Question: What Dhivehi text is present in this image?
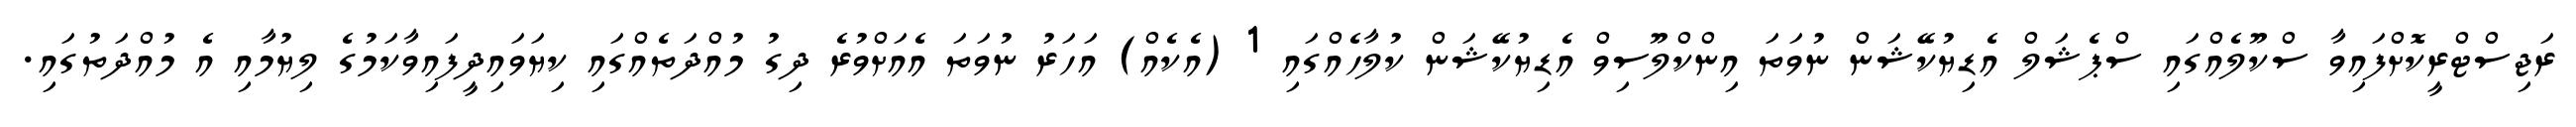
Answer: ރަޖިސްޓްރީކޮށްފައިވާ ސްކޫލެއްގައި ސްޕެޝަލް އެޑިޔުކޭޝަން ނުވަތަ އިންކްލޫސިވް އެޑިޔުކޭޝަން ކުލާހެއްގައި 1 (އެކެއް) އަހަރު ނުވަތަ އެއަށްވުރެ ދިގު މުއްދަތެއްގައި ކިޔަވައިދީފައިވާކަމުގެ ލިޔުމާއި އެ މުއްދަތުގައި.